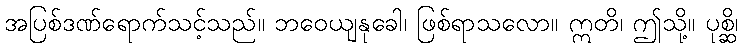
အပြစ်ဒဏ်ရောက်သင့်သည်။ ဘဝေယျနုခေါ၊ ဖြစ်ရာသလော။ ဣတိ၊ ဤသို့။ ပုစ္ဆိ၊